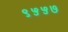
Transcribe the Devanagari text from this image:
९५५७